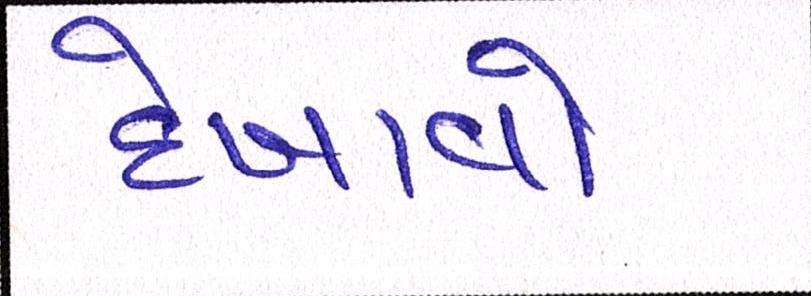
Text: દેખાવો